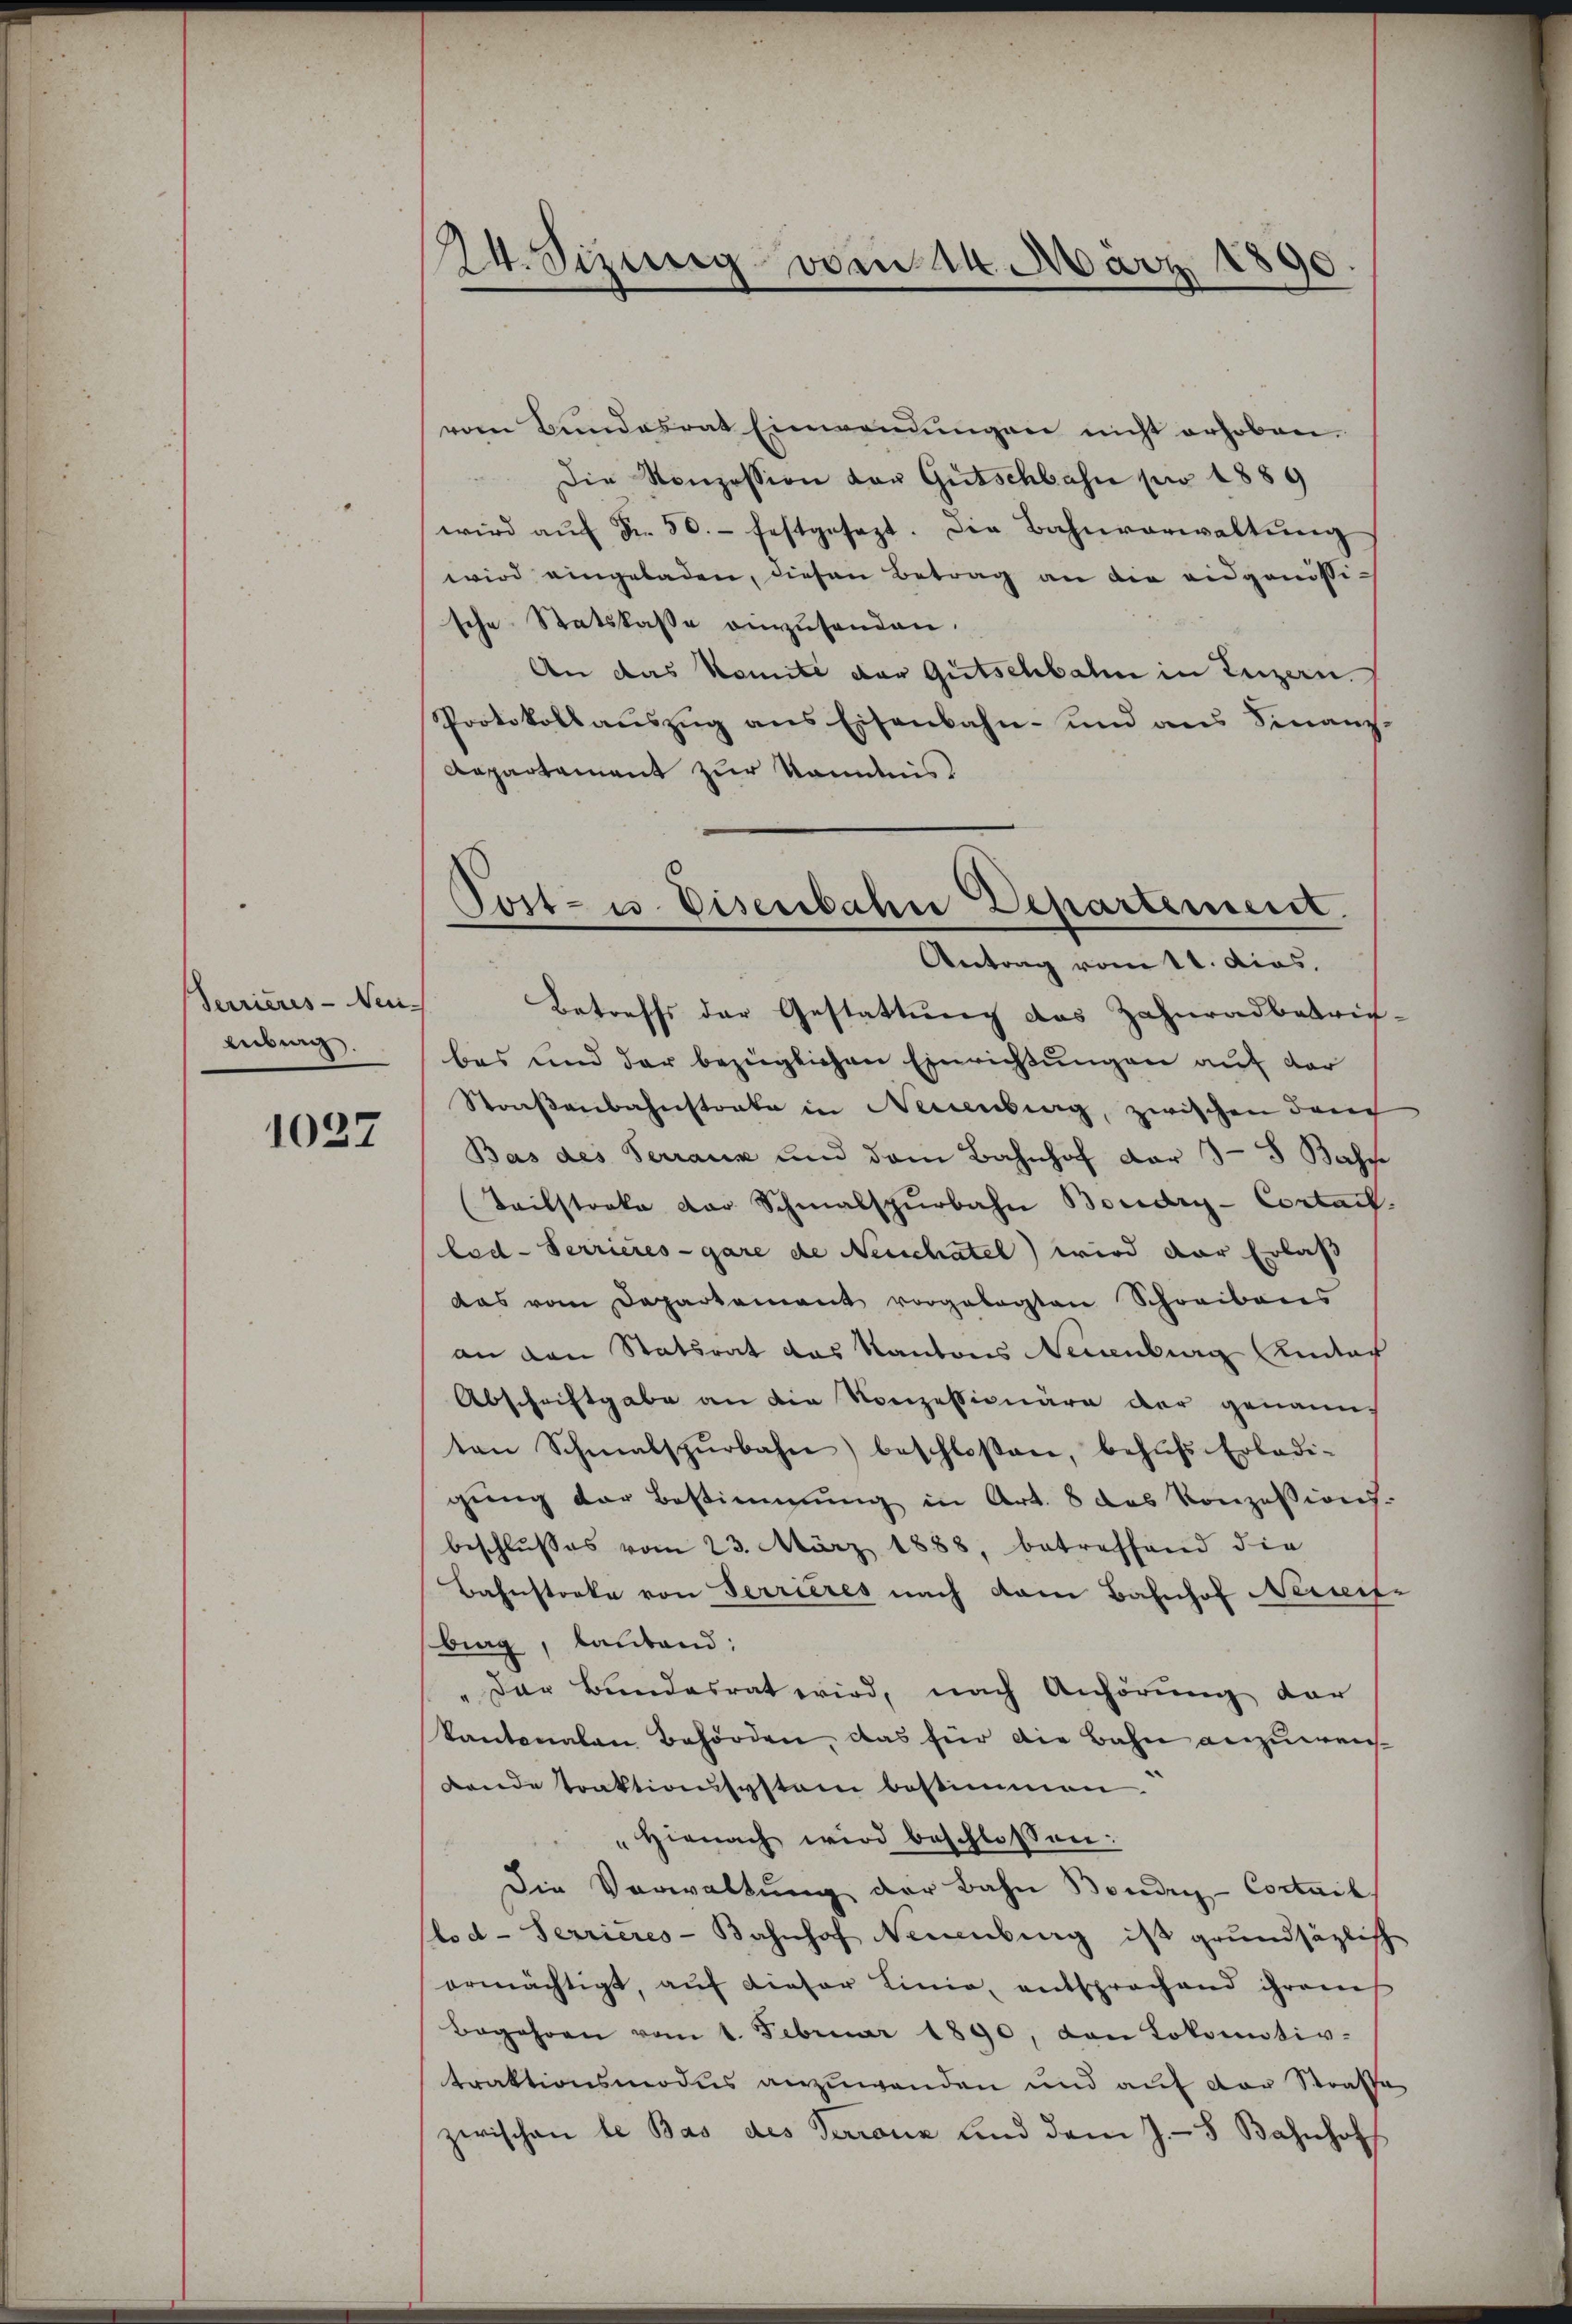
Serrieres - Neu-
Eubung

1027

24. Sizung vom 14. März 1890.

vom Bundesrat Einwendungen nicht erhoben.
Die Konzession der Gütschbahn pro 1889
wird aŭf Fr. 50.- festgesetzt. Die Bahnverwaltŭng
wird eingeladen, diesen Betrag an die eidgenössische Statskasse einzŭsenden.
An das Komite der Gutschbalm in Luzern.
Protokollauszug aus Eisenbahn- und aus Finanz¬
Departement zur Kandnis
bes und der bezüglichen Einrichtungen auf der
Straßenbahnstrate in Neuenburg, zwischen durch
Bas des Terraus und dem Bahnhof dar 3-5 Bahn
(Teilstreke der Schmalspurbahn Boudry-Cortach
bod-Terrieres-gare de Neuchatel) wird der Erlaß
das vom Departement vorgelegten Schreibens
an den Statsrat das Kantons Neuenburg (Kintach
Abschriftgabe an die Konzessionäre der genann
ten Schmalspŭrbahn beschloßen, behŭfs-Erladi-
gung der Bestimmung in Art. 8 das Konzessions-
beschlŭsses vom 23. März 1888, betreffend die
Bahnstocke von Terrieres nach dem Bahnhof Neueif-
brag, lautend:
" Der Bundesrat wird, nach Anhörung der
kantonalen Behörden, das für die Bahn anzuweis¬
Loande traktionsystem bestimmen.
"Hienach wird beschlossen:
Die Verwaltung der Bahn Boudry-Cortail
lod-Terrieres-Bahnhof Neuenburg ist grundsätzlich
ermächtigt, aŭf dieser Linie, entsprochend ihrem
Begehren vom 1. Februar 1890, den Lokomotiv-
traktionsmodus anzuwenden und auf der Strafsa
zwischen de Bas des Terranz und dem J.-8 Bahnhof

Post- u. Eisenbahn Departement.
Antrag vom 11. dies.
Betreffs der Gestattung des Zahnradbetref-